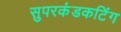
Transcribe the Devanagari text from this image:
सुपरकंडकटिंग